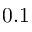
0 . 1